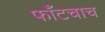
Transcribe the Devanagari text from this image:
फाँटचाच